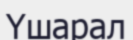
Үшарал